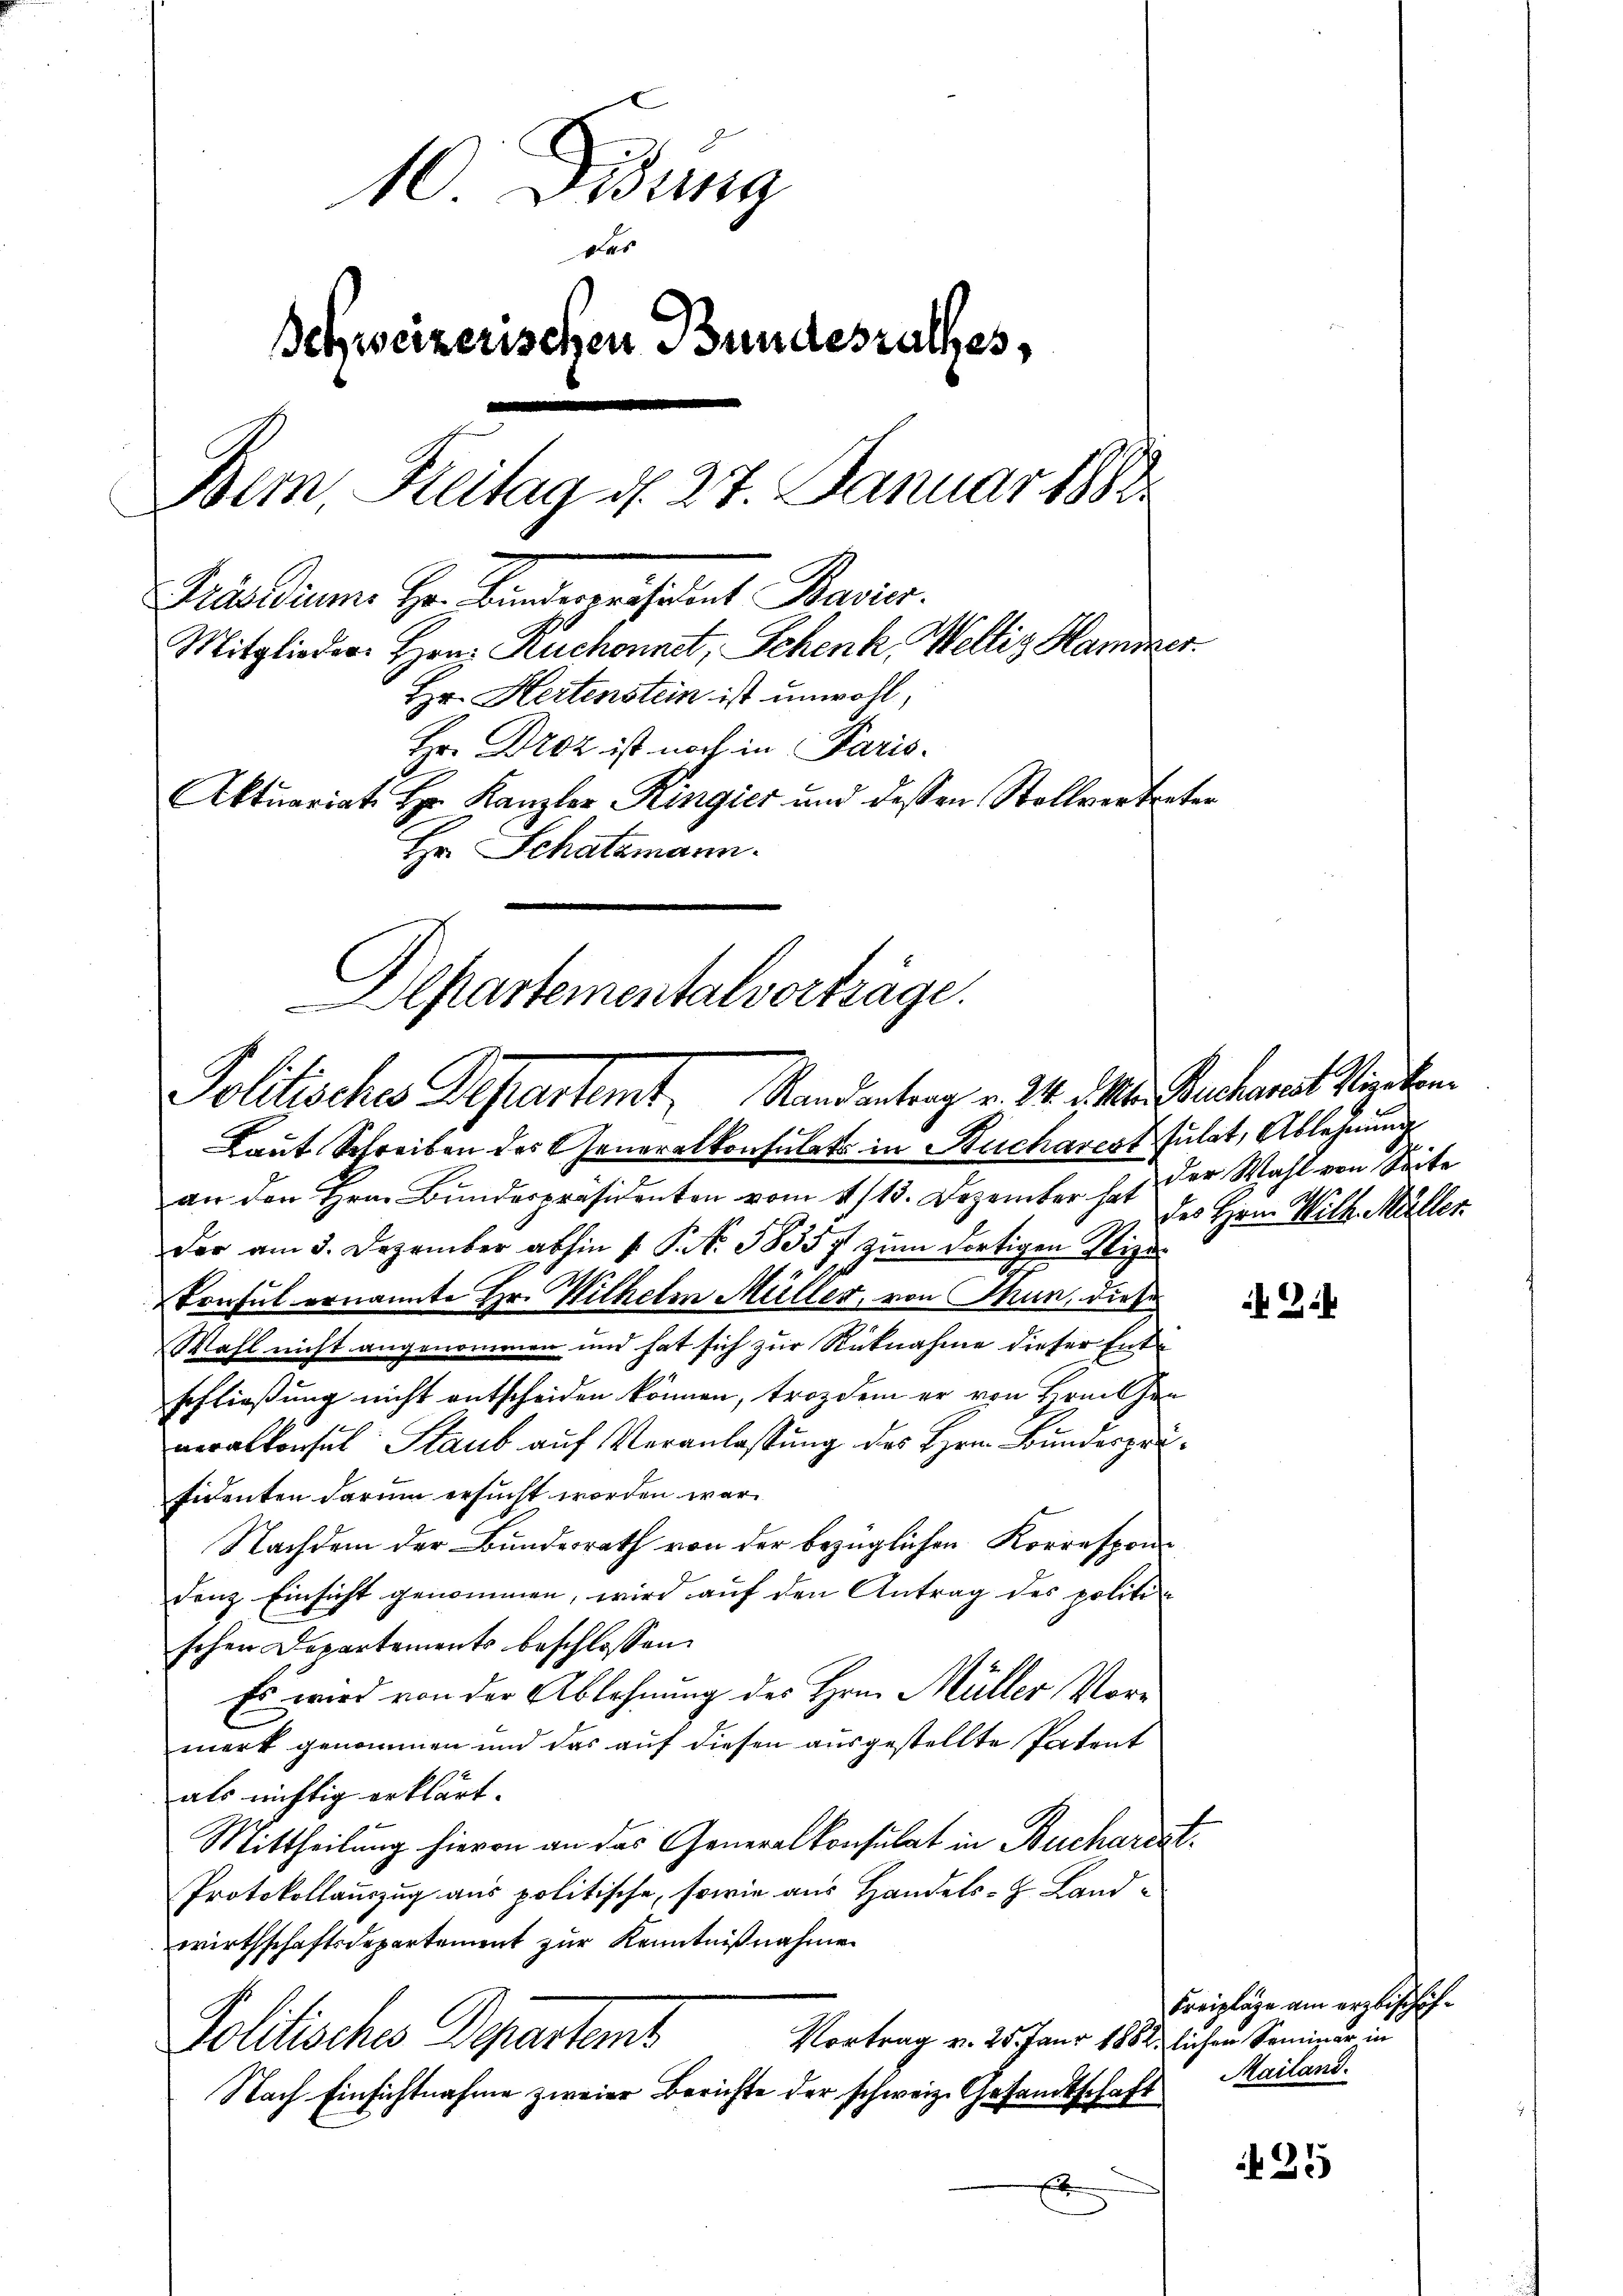
10 Didung
d
Behweizerischen Bundesrathes,
Bern, Heitag d. 27. Januar 1888.
audium Hr. Binderenchalent Bavier.
Mitglieder Hrn. Ruchonnet, Schenk, Weltiz Hammer
Hr. Hertenstein ist unwohl,
Hr. Droz ist noch in Paris.
Aktuariat Hr. Kanzler Ringier und dessen Stollvertreten
Hr. Schatzmann.

Departementalverträge.
Politisches Departemt, Randantrag v. 24. d. Mts. Buchenst Vizekon

Laut Schreiben des Generalkonsulats in Bucharest sulat, Ablehnung
an den Hrn. Bundespräsidenten vom 11 15. Dezember hat der Wahl von Seite
der am 3. Dezember abhin 1. P. Nr. 1857 zum dortigen Stizu¬
Consul ernannte Hr. Wilhelm Müller, von Thun, die S
Wahl nicht angenommen und hat sich zur Rücknahme dieser Ent¬
Erfließung nicht entscheiden können, trotzdem er von Hrnissen
neralkonsul Staub auf Veranlassung des Hrn. Bundesprä¬
Eidenten darum ersucht worden war.
Nachdem der Bundesrath von der bezüglichen Korrespondenz Einsicht genommen, wird auf den Antrag des politischen Departements beschlossen:
Es wird von der Ablehnung des Hrn. Müller Vormerk genommen und das auf diesen ausgestellte Patent
als richtig erklärt.
Mittheilung hievon an das Generalkonsulat in Buchariat
Protokollauszug aus politische, sowie aus Handels- Land-
wirthschaftsdepartement zur Kenntnißnahmen
Vortrag v. 25. Janr 1882, lichen Seminar in
Politisches Departemb
Nach Einsichtnahme zweier Berichte der schweiz. Gesandtschaft
x

des Hrn. Wilh. Müller

Zi

Freipläge am erzwischif¬
Mailand.

25